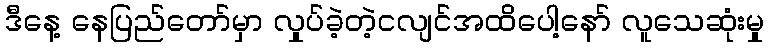
ဒီနေ့ နေပြည်တော်မှာ လှုပ်ခဲ့တဲ့ငလျင်အထိပေါ့နော် လူသေဆုံးမှု